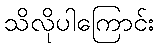
သိလိုပါကြောင်း